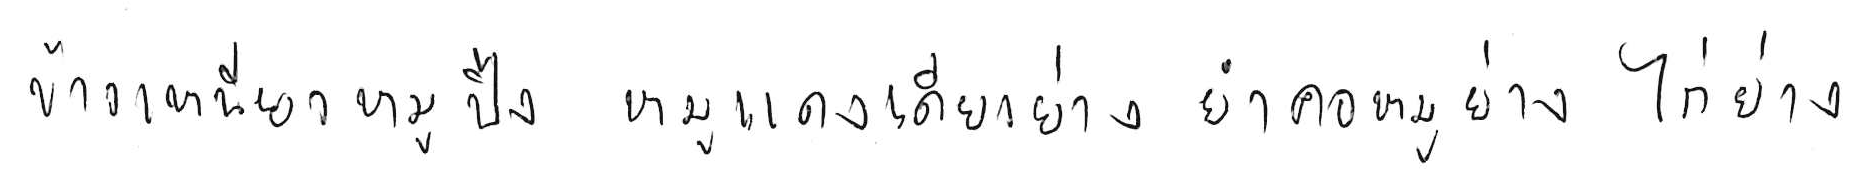
ข้าวเหนียวหมูปิ้ง หมูแดดเดียวย่าง ยำคอหมูย่าง ไก่ย่าง